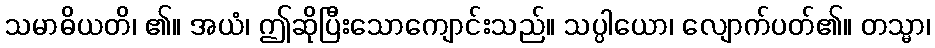
သမာဓိယတိ၊ ၏။ အယံ၊ ဤဆိုပြီးသောကျောင်းသည်။ သပ္ပါယော၊ လျောက်ပတ်၏။ တသ္မာ၊